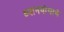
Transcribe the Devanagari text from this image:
ध्यानयोगाचे